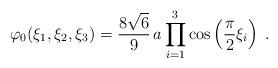
LaTeX: \begin{align*}\varphi_0(\xi_1,\xi_2,\xi_3)=\frac{8\sqrt{6}}{9}\,a\prod_{i=1}^{3}\cos\left(\frac{\pi}{2}\xi_i\right)\;.\end{align*}